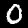
Label: 0